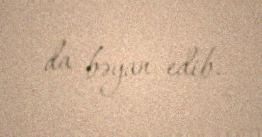
da bəyan edib.